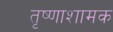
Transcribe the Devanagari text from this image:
तृष्णाशामक